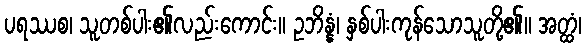
ပရဿစ၊ သူတစ်ပါး၏လည်းကောင်း။ ဥဘိန္နံ၊ နှစ်ပါးကုန်သောသူတို့၏။ အတ္ထံ၊